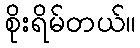
စိုးရိမ်တယ်။